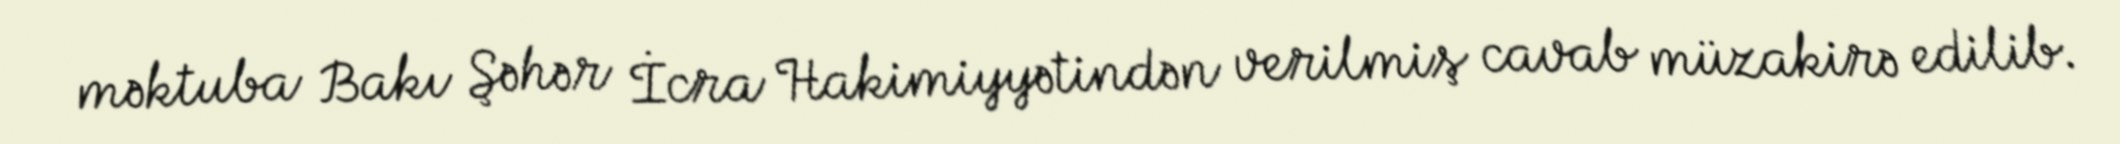
məktuba Bakı Şəhər İcra Hakimiyyətindən verilmiş cavab müzakirə edilib.